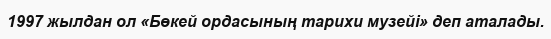
1997 жылдан ол «Бөкей ордасының тарихи музейі» деп аталады.